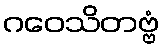
ဂဝေသိတဗ္ဗံ